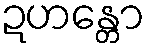
ဍဟန္တော